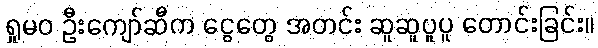
ရှုမဝ ဦးကျော်ဆီက ငွေတွေ အတင်း ဆူဆူပူပူ တောင်းခြင်း။